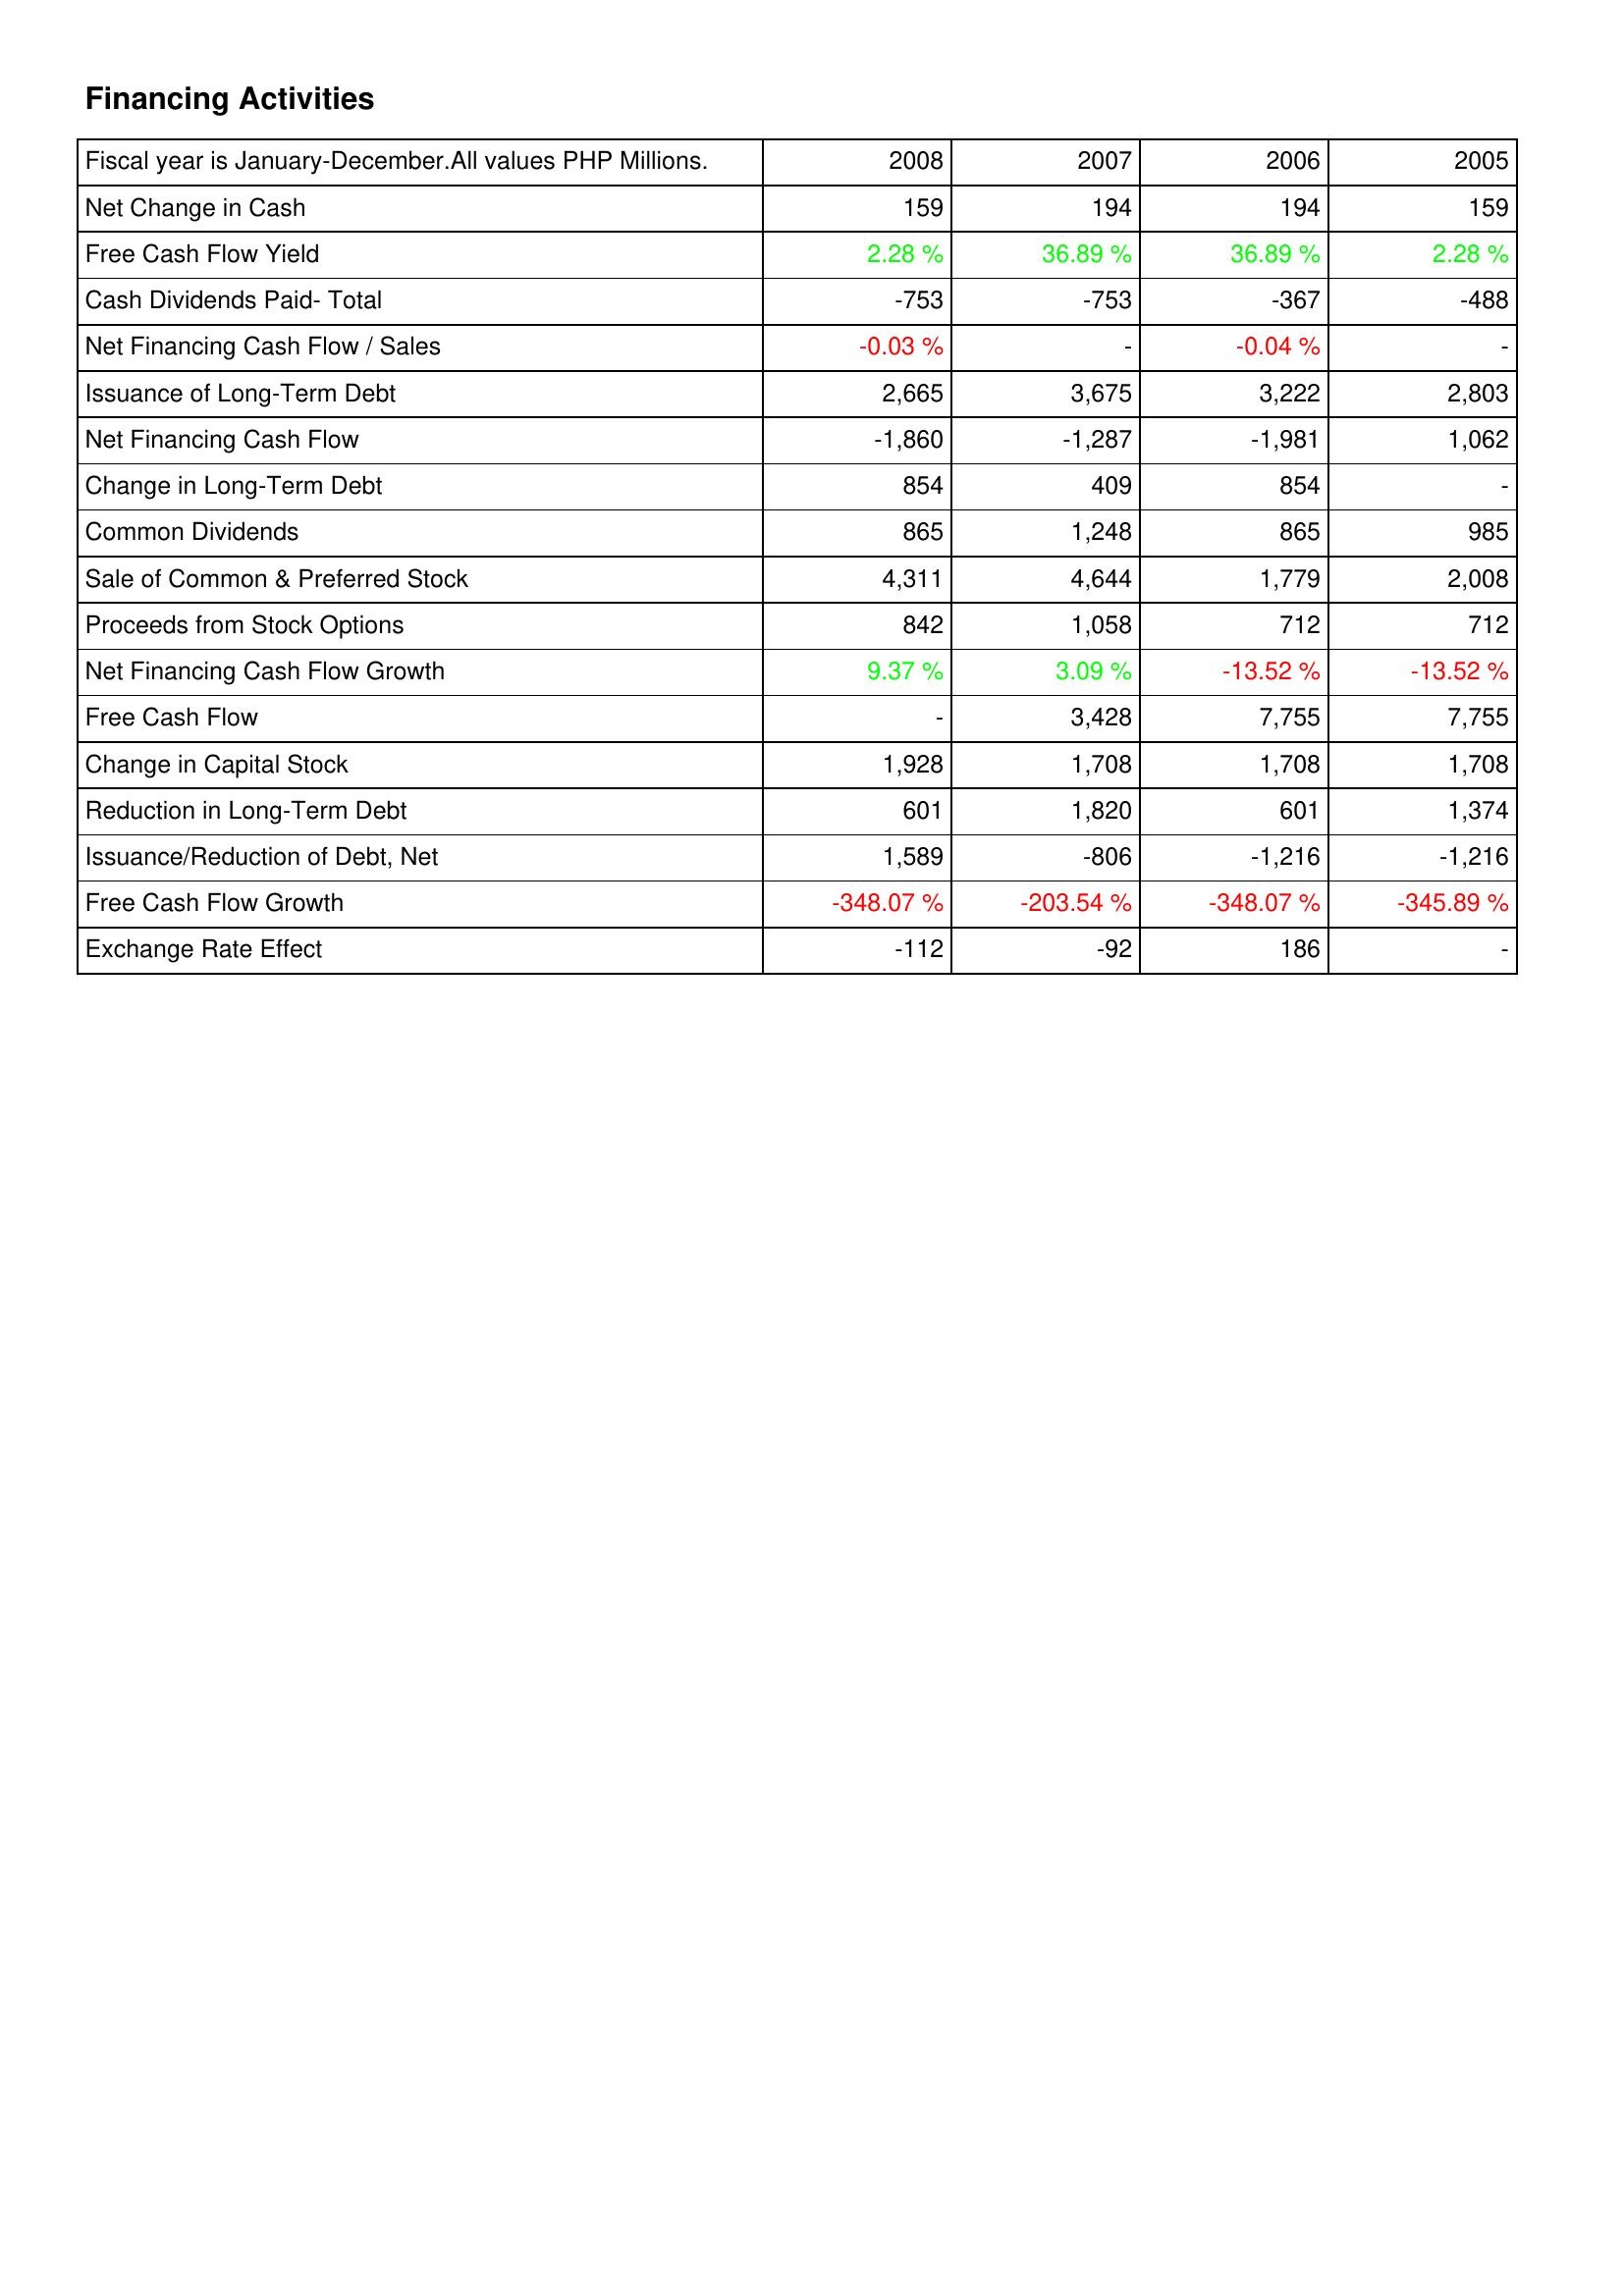
2008: Financing Activities: Net Change in Cash: 159
Free Cash Flow Yield: 2.28 %
Cash Dividends Paid- Total: -753
Net Financing Cash Flow / Sales: -0.03 %
Issuance of Long-Term Debt: 2,665
Net Financing Cash Flow: -1,860
Change in Long-Term Debt: 854
Common Dividends: 865
Sale of Common & Preferred Stock: 4,311
Proceeds from Stock Options: 842
Net Financing Cash Flow Growth: 9.37 %
Free Cash Flow: -
Change in Capital Stock: 1,928
Reduction in Long-Term Debt: 601
Issuance/Reduction of Debt, Net: 1,589
Free Cash Flow Growth: -348.07 %
Exchange Rate Effect: -112
2007: Financing Activities: Net Change in Cash: 194
Free Cash Flow Yield: 36.89 %
Cash Dividends Paid- Total: -753
Net Financing Cash Flow / Sales: -
Issuance of Long-Term Debt: 3,675
Net Financing Cash Flow: -1,287
Change in Long-Term Debt: 409
Common Dividends: 1,248
Sale of Common & Preferred Stock: 4,644
Proceeds from Stock Options: 1,058
Net Financing Cash Flow Growth: 3.09 %
Free Cash Flow: 3,428
Change in Capital Stock: 1,708
Reduction in Long-Term Debt: 1,820
Issuance/Reduction of Debt, Net: -806
Free Cash Flow Growth: -203.54 %
Exchange Rate Effect: -92
2006: Financing Activities: Net Change in Cash: 194
Free Cash Flow Yield: 36.89 %
Cash Dividends Paid- Total: -367
Net Financing Cash Flow / Sales: -0.04 %
Issuance of Long-Term Debt: 3,222
Net Financing Cash Flow: -1,981
Change in Long-Term Debt: 854
Common Dividends: 865
Sale of Common & Preferred Stock: 1,779
Proceeds from Stock Options: 712
Net Financing Cash Flow Growth: -13.52 %
Free Cash Flow: 7,755
Change in Capital Stock: 1,708
Reduction in Long-Term Debt: 601
Issuance/Reduction of Debt, Net: -1,216
Free Cash Flow Growth: -348.07 %
Exchange Rate Effect: 186
2005: Financing Activities: Net Change in Cash: 159
Free Cash Flow Yield: 2.28 %
Cash Dividends Paid- Total: -488
Net Financing Cash Flow / Sales: -
Issuance of Long-Term Debt: 2,803
Net Financing Cash Flow: 1,062
Change in Long-Term Debt: -
Common Dividends: 985
Sale of Common & Preferred Stock: 2,008
Proceeds from Stock Options: 712
Net Financing Cash Flow Growth: -13.52 %
Free Cash Flow: 7,755
Change in Capital Stock: 1,708
Reduction in Long-Term Debt: 1,374
Issuance/Reduction of Debt, Net: -1,216
Free Cash Flow Growth: -345.89 %
Exchange Rate Effect: -